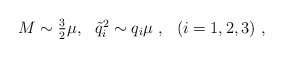
\begin{align*}M\sim \textstyle{3\over 2}\mu, \ \ {\tilde q}_i^2\sim q_i\mu\ , \ \ (i=1,2,3) \ , \end{align*}